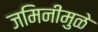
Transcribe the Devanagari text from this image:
जमिनीमुळे